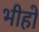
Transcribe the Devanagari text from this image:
भीहो